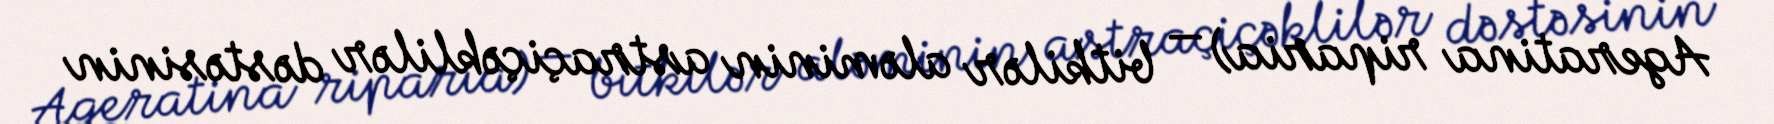
Ageratina riparia) — bitkilər aləminin astraçiçəklilər dəstəsinin